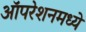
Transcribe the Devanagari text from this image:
ऑपरेशनमध्ये